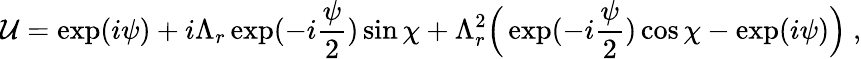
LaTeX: \mathcal{U}=\exp(i\psi)+i\Lambda_{r}\exp(-i\frac{{\psi}}{{2}})\sin\chi+\Lambda_{r}^{2}\Bigr(\exp(-i\frac{{\psi}}{{2}})\cos\chi-\exp(i\psi)\Bigr)\ ,